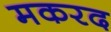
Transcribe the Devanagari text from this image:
मकरद